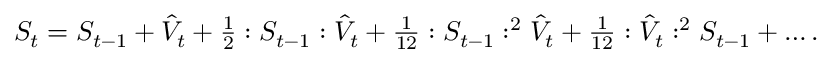
\begin{array} { r } { S _ { t } = S _ { t - 1 } + \hat { V } _ { t } + \frac { 1 } { 2 } : S _ { t - 1 } : \hat { V } _ { t } + \frac { 1 } { 1 2 } : S _ { t - 1 } : ^ { 2 } \hat { V } _ { t } + \frac { 1 } { 1 2 } : \hat { V } _ { t } : ^ { 2 } S _ { t - 1 } + \dots . } \end{array}